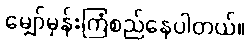
မျှော်မှန်းကြံစည်နေပါတယ်။